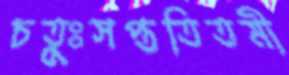
চতুঃসপ্ততিতমী